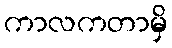
ကာလကတာမှိ